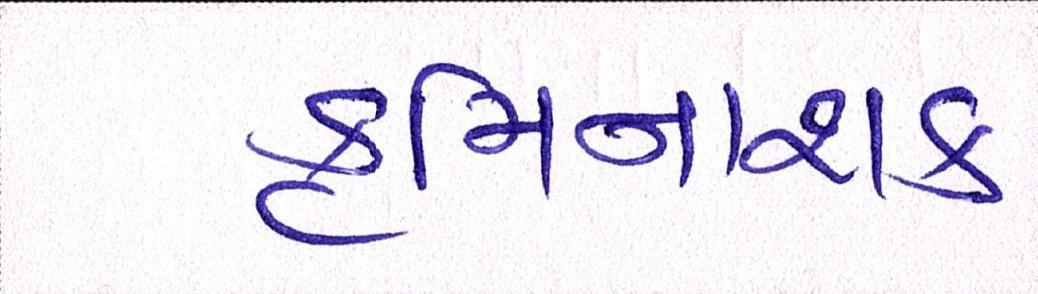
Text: કૃમિનાશક